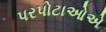
પરપોટાઓએ